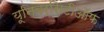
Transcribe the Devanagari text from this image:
यूनिवर्सिटीऑफ